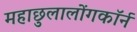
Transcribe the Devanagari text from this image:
महाछुलालोंगकॉर्न